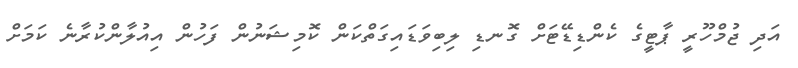
އަދި ޖުމްހޫރީ ޕާޓީގެ ކެންޑިޑޭޓަށް ގޮނޑި ލިބިވަޑައިގަތްކަން ކޮމިޝަނުން ފަހުން އިއުލާންކުރާނެ ކަމަށް